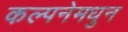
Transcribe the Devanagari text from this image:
कल्पनेमधुन